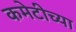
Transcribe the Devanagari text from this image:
कमेटीच्या